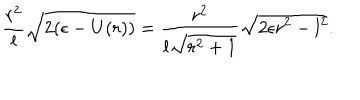
{ \frac { r ^ { 2 } } { l } } \sqrt { 2 ( \epsilon - U ( r ) ) } = { \frac { r ^ { 2 } } { l \sqrt { r ^ { 2 } + 1 } } } \sqrt { 2 \epsilon r ^ { 2 } - l ^ { 2 } } .